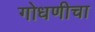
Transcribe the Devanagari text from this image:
गोधणीचा